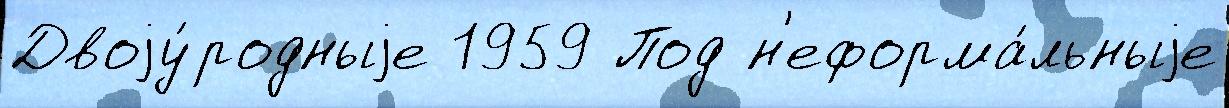
Двоjу́родныjе 1959 Под н'еформа́льныjе